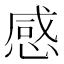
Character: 感